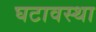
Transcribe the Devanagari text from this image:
घटावस्था